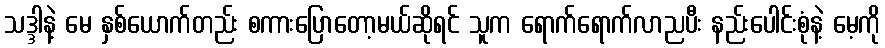
သဒ္ဒါနဲ့ မေ နှစ်ယောက်တည်း စကားပြောတော့မယ်ဆိုရင် သူက ရောက်ရောက်လာညပီး နည်းပေါင်းစုံနဲ့ မေ့ကို